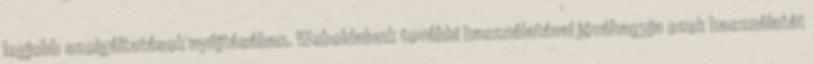
legjobb szolgáltatások nyújtásában. Weboldalunk további használatával jóváhagyja ezek használatát